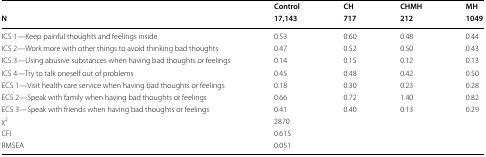
<table><thead><tr><td></td><td><b>Control</b></td><td><b>CH</b></td><td><b>CHMH</b></td><td><b>MH</b></td></tr><tr><td><b>N</b></td><td><b>17,143</b></td><td><b>717</b></td><td><b>212</b></td><td><b>1049</b></td></tr></thead><tbody><tr><td>ICS 1—Keep painful thoughts and feelings inside</td><td>0.53</td><td>0.60</td><td>0.48</td><td>0.44</td></tr><tr><td>ICS 2—Work more with other things to avoid thinking bad thoughts</td><td>0.47</td><td>0.52</td><td>0.50</td><td>0.43</td></tr><tr><td>ICS 3—Using abusive substances when having bad thoughts or feelings</td><td>0.14</td><td>0.15</td><td>0.12</td><td>0.13</td></tr><tr><td>ICS 4—Try to talk oneself out of problems</td><td>0.45</td><td>0.48</td><td>0.42</td><td>0.50</td></tr><tr><td>ECS 1—Visit health care service when having bad thoughts or feelings</td><td>0.18</td><td>0.30</td><td>0.23</td><td>0.28</td></tr><tr><td>ECS 2—Speak with family when having bad thoughts or feelings</td><td>0.66</td><td>0.72</td><td>1.40</td><td>0.82</td></tr><tr><td>ECS 3—Speak with friends when having bad thoughts or feelings</td><td>0.41</td><td>0.40</td><td>0.13</td><td>0.29</td></tr><tr><td>χ<sup>2</sup></td><td colspan="4">2870</td></tr><tr><td>CFI</td><td colspan="4">0.615</td></tr><tr><td>RMSEA</td><td colspan="4">0.051</td></tr></tbody></table>